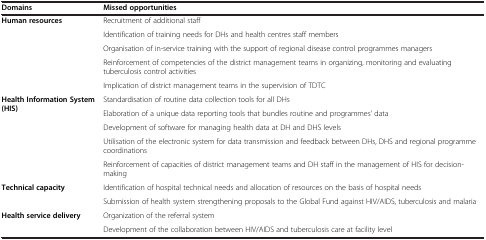
<table><thead><tr><td><b>Domains</b></td><td><b>Missed opportunities</b></td></tr></thead><tbody><tr><td rowspan="5"><b>Human resources</b></td><td>Recruitment of additional staff</td></tr><tr><td>Identification of training needs for DHs and health centres staff members</td></tr><tr><td>Organisation of in-service training with the support of regional disease control programmes managers</td></tr><tr><td>Reinforcement of competencies of the district management teams in organizing, monitoring and evaluating tuberculosis control activities</td></tr><tr><td>Implication of district management teams in the supervision of TDTC</td></tr><tr><td rowspan="5"><b>Health Information System (HIS)</b></td><td>Standardisation of routine data collection tools for all DHs</td></tr><tr><td>Elaboration of a unique data reporting tools that bundles routine and programmes’ data</td></tr><tr><td>Development of software for managing health data at DH and DHS levels</td></tr><tr><td>Utilisation of the electronic system for data transmission and feedback between DHs, DHS and regional programme coordinations</td></tr><tr><td>Reinforcement of capacities of district management teams and DH staff in the management of HIS for decision-making</td></tr><tr><td rowspan="2"><b>Technical capacity</b></td><td>Identification of hospital technical needs and allocation of resources on the basis of hospital needs</td></tr><tr><td>Submission of health system strengthening proposals to the Global Fund against HIV/AIDS, tuberculosis and malaria</td></tr><tr><td><b>Health service delivery</b></td><td>Organization of the referral system</td></tr><tr><td> </td><td>Development of the collaboration between HIV/AIDS and tuberculosis care at facility level</td></tr></tbody></table>